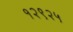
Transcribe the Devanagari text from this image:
१२९२५